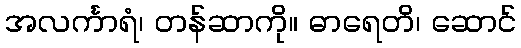
အလင်္ကာရံ၊ တန်ဆာကို။ ဓာရေတိ၊ ဆောင်